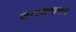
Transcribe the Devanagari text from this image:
नाटयवाचन